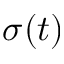
\sigma ( t )